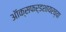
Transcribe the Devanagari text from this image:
ऑक्सफर्डशायरच्या